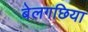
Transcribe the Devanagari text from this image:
बेलगछिया